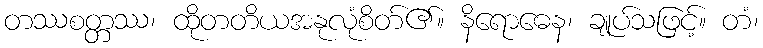
တဿစတ္တဿ၊ ထိုတတိယအနုလုံစိတ်၏။ နိရောဓေန၊ ချုပ်သဖြင့်။ တံ၊